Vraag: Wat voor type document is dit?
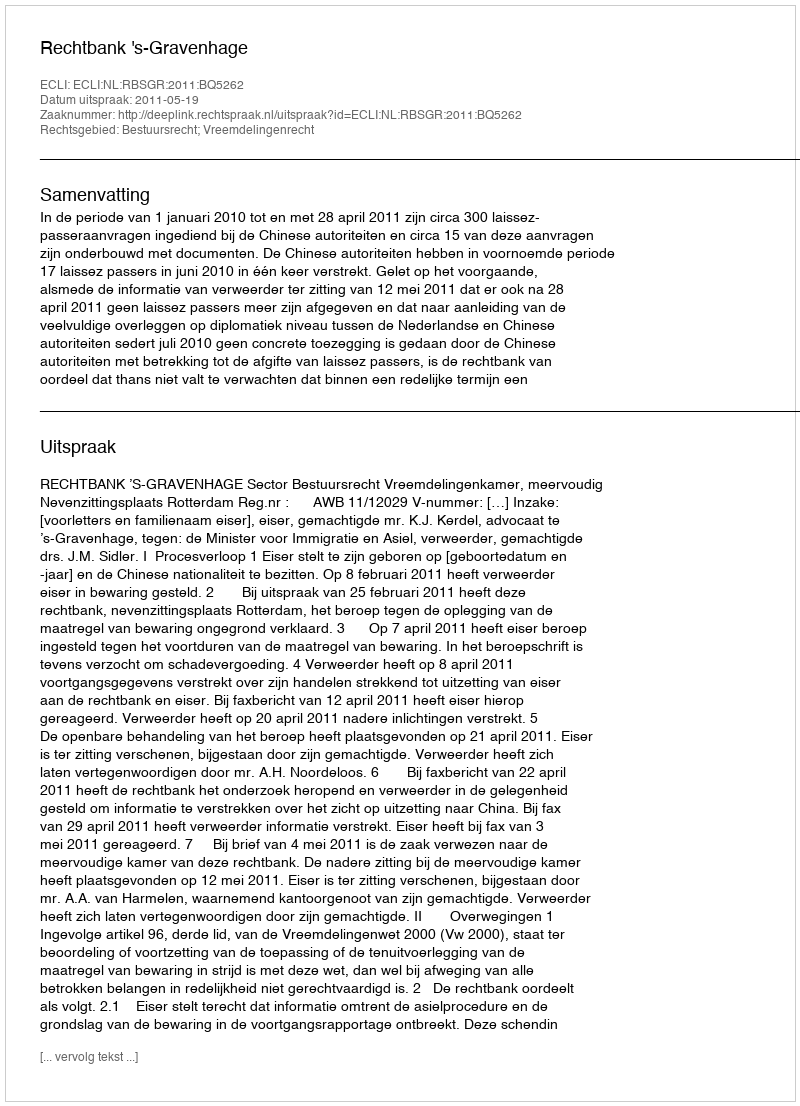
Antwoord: Uitspraak